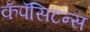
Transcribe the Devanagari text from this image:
कॅपॅसिटन्स